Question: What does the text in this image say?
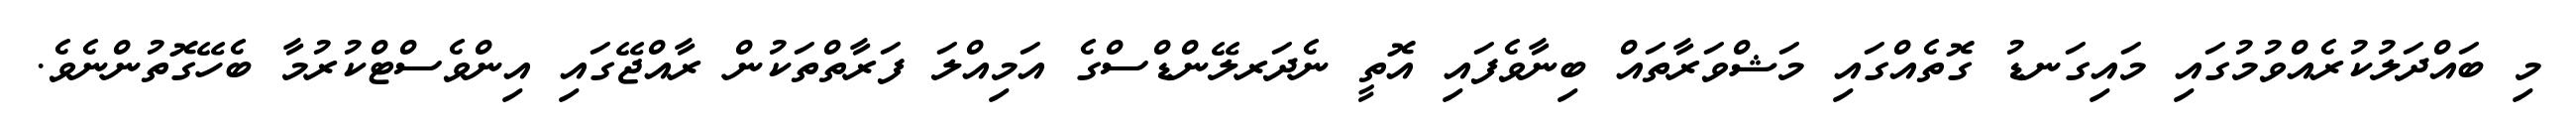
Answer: މި ބައްދަލުކުރެއްވުމުގައި މައިގަނޑު ގޮތެއްގައި މަޝްވަރާތައް ބިނާވެފައި އޮތީ ނެދަރލޭންޑްސްގެ އަމިއްލަ ފަރާތްތަކުން ރާއްޖޭގައި އިންވެސްޓްކުރުމާ ބެހޭގޮތުންނެވެ.